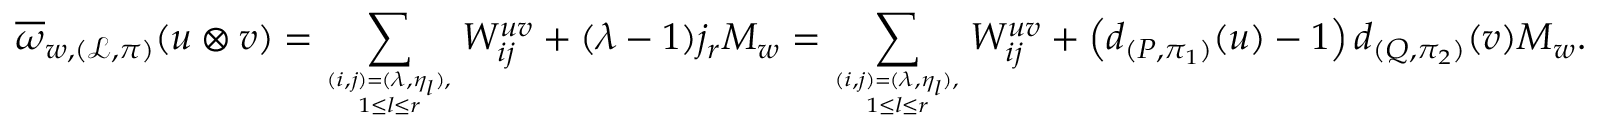
\overline { { \omega } } _ { w , ( \mathcal { L } , \pi ) } ( \boldsymbol { u } \otimes \boldsymbol { v } ) = \sum _ { ( i , j ) = ( \lambda , \eta _ { l } ) , \atop 1 \leq l \leq r } W _ { i j } ^ { \boldsymbol { u v } } + ( \lambda - 1 ) j _ { r } M _ { w } = \sum _ { ( i , j ) = ( \lambda , \eta _ { l } ) , \atop 1 \leq l \leq r } W _ { i j } ^ { \boldsymbol { u v } } + \left( d _ { ( P , \pi _ { 1 } ) } ( \boldsymbol { u } ) - 1 \right) d _ { ( Q , \pi _ { 2 } ) } ( \boldsymbol { v } ) M _ { w } .